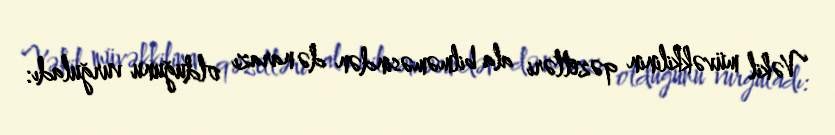
Vəkil müvəkkilinin qəzetləri ala bilməməsindən də narazı olduğunu vurğuladı: